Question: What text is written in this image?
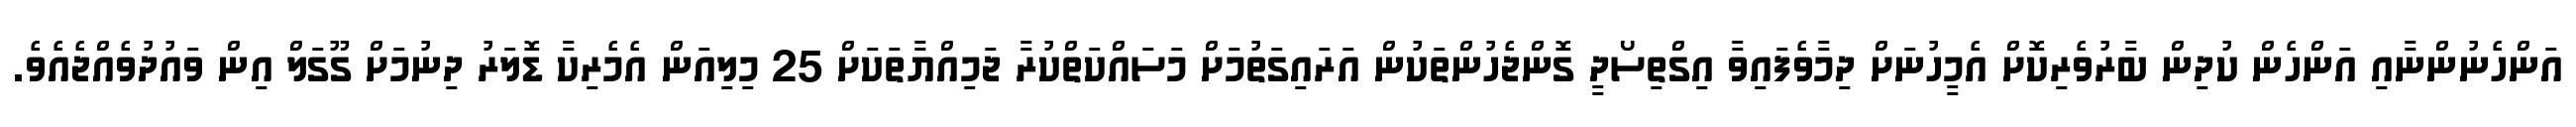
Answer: އަންހެނުންނާއި އަންހެން ކުދިން ބާރުވެރިކޮށް އެމީހުނަށް ދިމާވެފައިވާ އިގްތިސޯދީ ގޮންޖެހުންތަކުން އަރައިގަތުމަށް މަސައްކަތްކުރާ ޖަމިއްޔާތަކަށް 25 މިލިއަން އެމެރިކާ ޑޮލަރު ދިނުމަށް ގޫގަލް އިން ވައުދުވެއްޖެއެވެ.